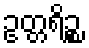
ဥတ္တရိဉ္စ